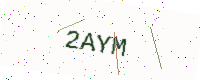
Text: 2AYM